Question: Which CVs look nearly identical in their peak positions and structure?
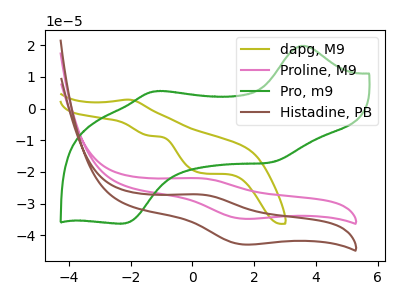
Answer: <think>The olive curve "dapg, M9" has an anodic peak at (-2.05V, 2.85uA) and cathodic peaks at (-1.35V, -8.60uA) (0.35V, -20.40uA). The pink curve "Proline, M9" has an anodic peak at (0.25V, -22.00uA) and a cathodic peak at (1.65V, -34.75uA). The green curve "Pro, m9" has anodic peaks at (3.55V, 19.80uA) (-1.20V, 5.45uA) and cathodic peaks at (2.55V, -16.95uA) (-2.25V, -36.30uA). The brown curve "Histadine, PB" has an anodic peak at (0.25V, -27.10uA) and a cathodic peak at (1.65V, -42.90uA).
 "dapg, M9" and "Proline, M9" have a different number of peaks. "dapg, M9" and "Pro, m9" have a different number of peaks. "dapg, M9" and "Histadine, PB" have a different number of peaks. "Proline, M9" and "Pro, m9" have a different number of peaks. All the peaks in "Proline, M9" have a peak in "Histadine, PB" at the same potential. "Pro, m9" and "Histadine, PB" have a different number of peaks.</think>
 <answer>"Proline, M9" and "Histadine, PB" have the same shape and are likely CV's of the same chemical.</answer>
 <eval>"Proline, M9" "Histadine, PB"</eval>